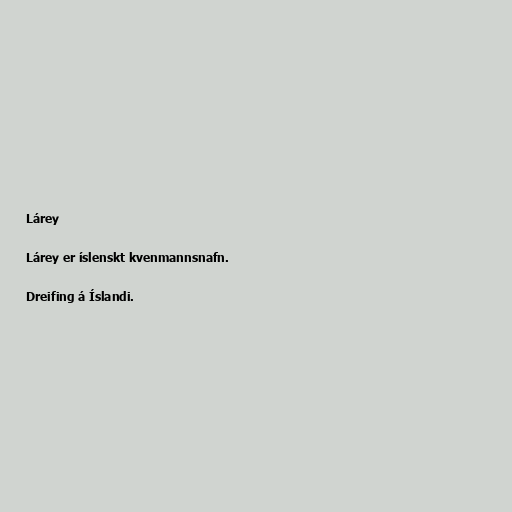
Lárey

Lárey er íslenskt kvenmannsnafn.

Dreifing á Íslandi.